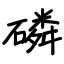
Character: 磷